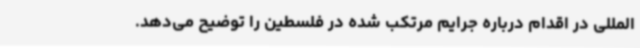
المللی در اقدام درباره جرایم مرتکب شده در فلسطین را توضیح می‌دهد.